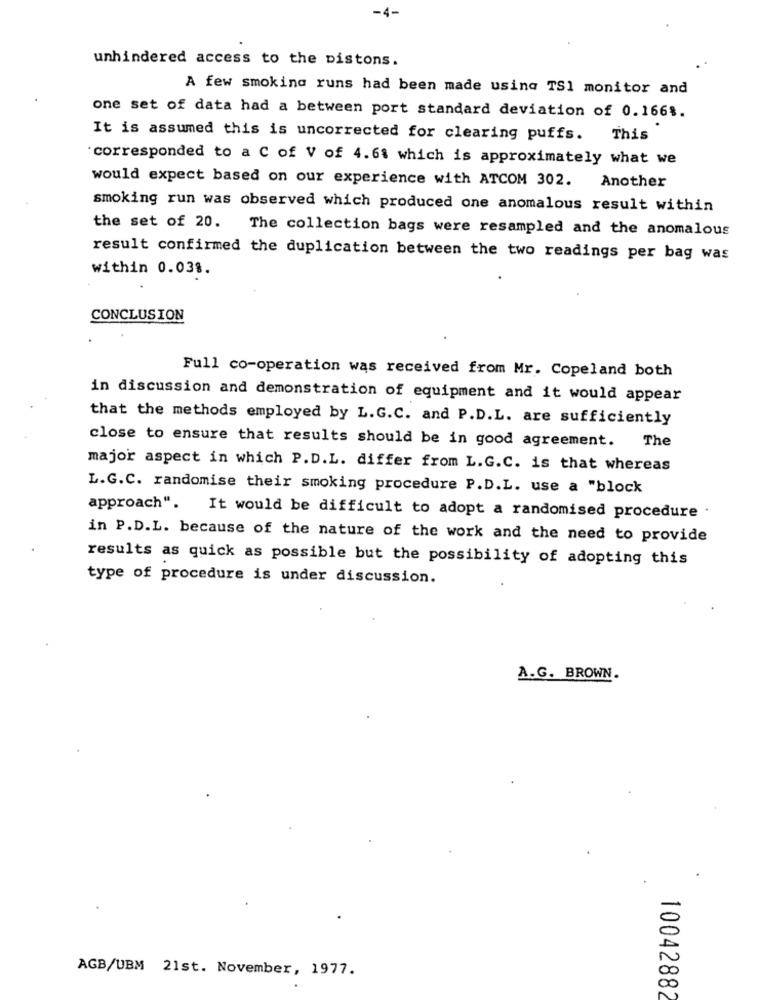
-4-
unhindered access to the pistons.
A few smoking runs had been made using TS1 monitor and
one set of data had a between port standard deviation of 0.1661.
It is assumed this is uncorrected for clearing puffs.
This
"corresponded to a C of V of 4.61 which is approximately what we
would expect based on our experience with ATCOM 302.
Another
smoking run was observed which produced one anomalous result within
the set of 20.
The collection bags were resampled and the anomalous
result confirmed the duplication between the two readings per bag was
within 0.038.
CONCLUSION
Full co-operation was received from Mr. Copeland both
in discussion and demonstration of equipment and it would appear
that the methods employed by L. G.C. and P.D.L. are sufficiently
close to ensure that results should be in good agreement.
The
major aspect in which P.D.L. differ from L.G.C. is that whereas
L.G.C. randomise their smoking procedure P.D.L. use a "block
approach".
It would be difficult to adopt a randomised procedure .
in P.D.L. because of the nature of the work and the need to provide
results as quick as possible but the possibility of adopting this
type of procedure is under discussion.
A.G. BROWN.
AGB/UBM 21st. November, 1977.
20
00
10042882